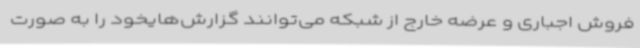
فروش اجباری و عرضه خارج از شبکه می‌توانند گزارش‌هایخود را به صورت